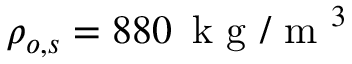
\rho _ { o , s } = 8 8 0 \, \mathrm { ~ k ~ g ~ / ~ m ~ } ^ { 3 }